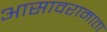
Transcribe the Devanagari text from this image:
आसावरामाता